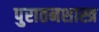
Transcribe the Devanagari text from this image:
पुरातनशास्त्र